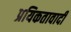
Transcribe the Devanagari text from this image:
प्रयिकतावादी